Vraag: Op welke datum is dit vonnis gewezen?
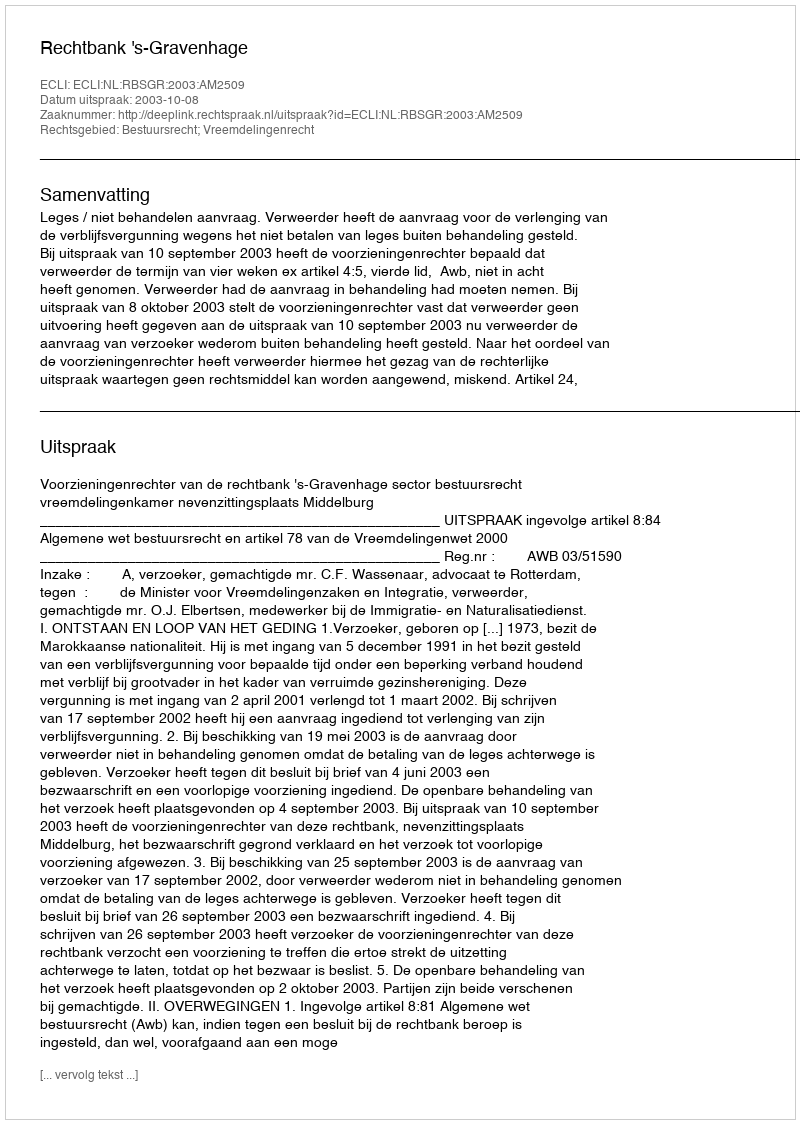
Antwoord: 2003-10-08